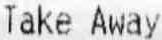
TAKE AWAY